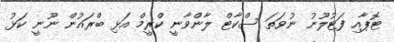
ޓޮޕާއި ފަޓުލޫނު ނުވަތަ ސްކާޓް ލާންވާނީ ކްރީމް އަޅި ބްރައުން ނޫނީ ކަޅު